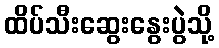
ထိပ်သီးဆွေးနွေးပွဲသို့